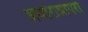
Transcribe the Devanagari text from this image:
अघोरान्नापरो